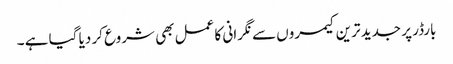
بارڈر پر جدید ترین کیمروں سے نگرانی کا عمل بھی شروع کر دیا گیا ہے ۔